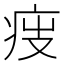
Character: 𤵟